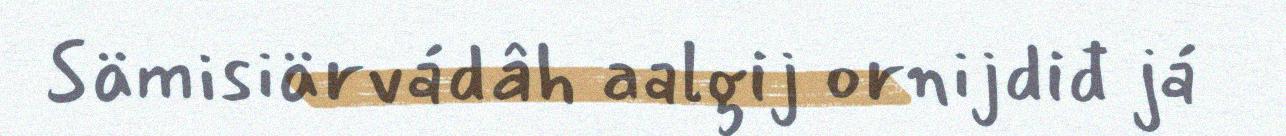
Sämisiärvádâh aalgij ornijdiđ já